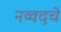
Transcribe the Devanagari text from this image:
नव्वदचे